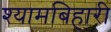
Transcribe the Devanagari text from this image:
श्यामबिहारी